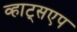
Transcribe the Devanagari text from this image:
व्हाट्सएप